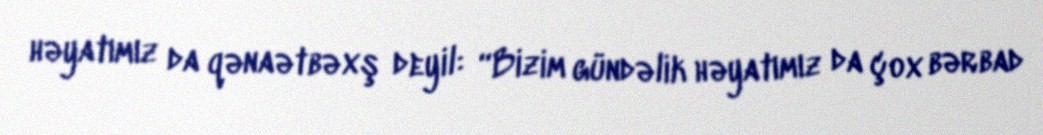
həyatımız da qənaətbəxş deyil: “Bizim gündəlik həyatımız da çox bərbad